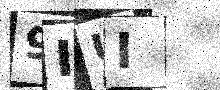
Text: 9IUI